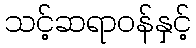
သင့်ဆရာဝန်နှင့်